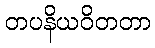
တပနိယဝိတတာ